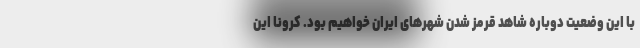
با این وضعیت دوباره شاهد قرمز شدن شهرهای ایران خواهیم بود. کرونا این